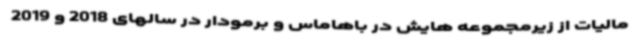
مالیات از زیرمجموعه هایش در باهاماس و برمودار در سالهای 2018 و 2019